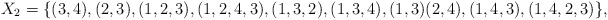
\begin{align*}X_2 = \{ (3, 4), (2, 3), (1, 2, 3), (1, 2, 4, 3), (1, 3, 2), (1, 3, 4), (1, 3)(2, 4), (1, 4, 3), (1, 4, 2, 3)\},\end{align*}